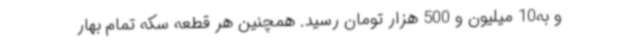
و به10 میلیون و 500 هزار تومان رسید. همچنین هر قطعه سکه تمام بهار